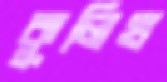
কুলিখ